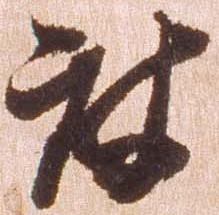
被